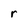
Character: r